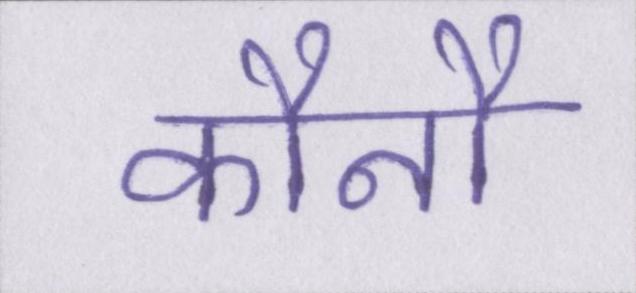
कौनौ